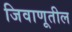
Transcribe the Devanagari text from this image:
जिवाणूतील